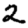
Digit: 2